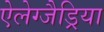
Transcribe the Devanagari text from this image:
ऐलेग्जैड्रिया